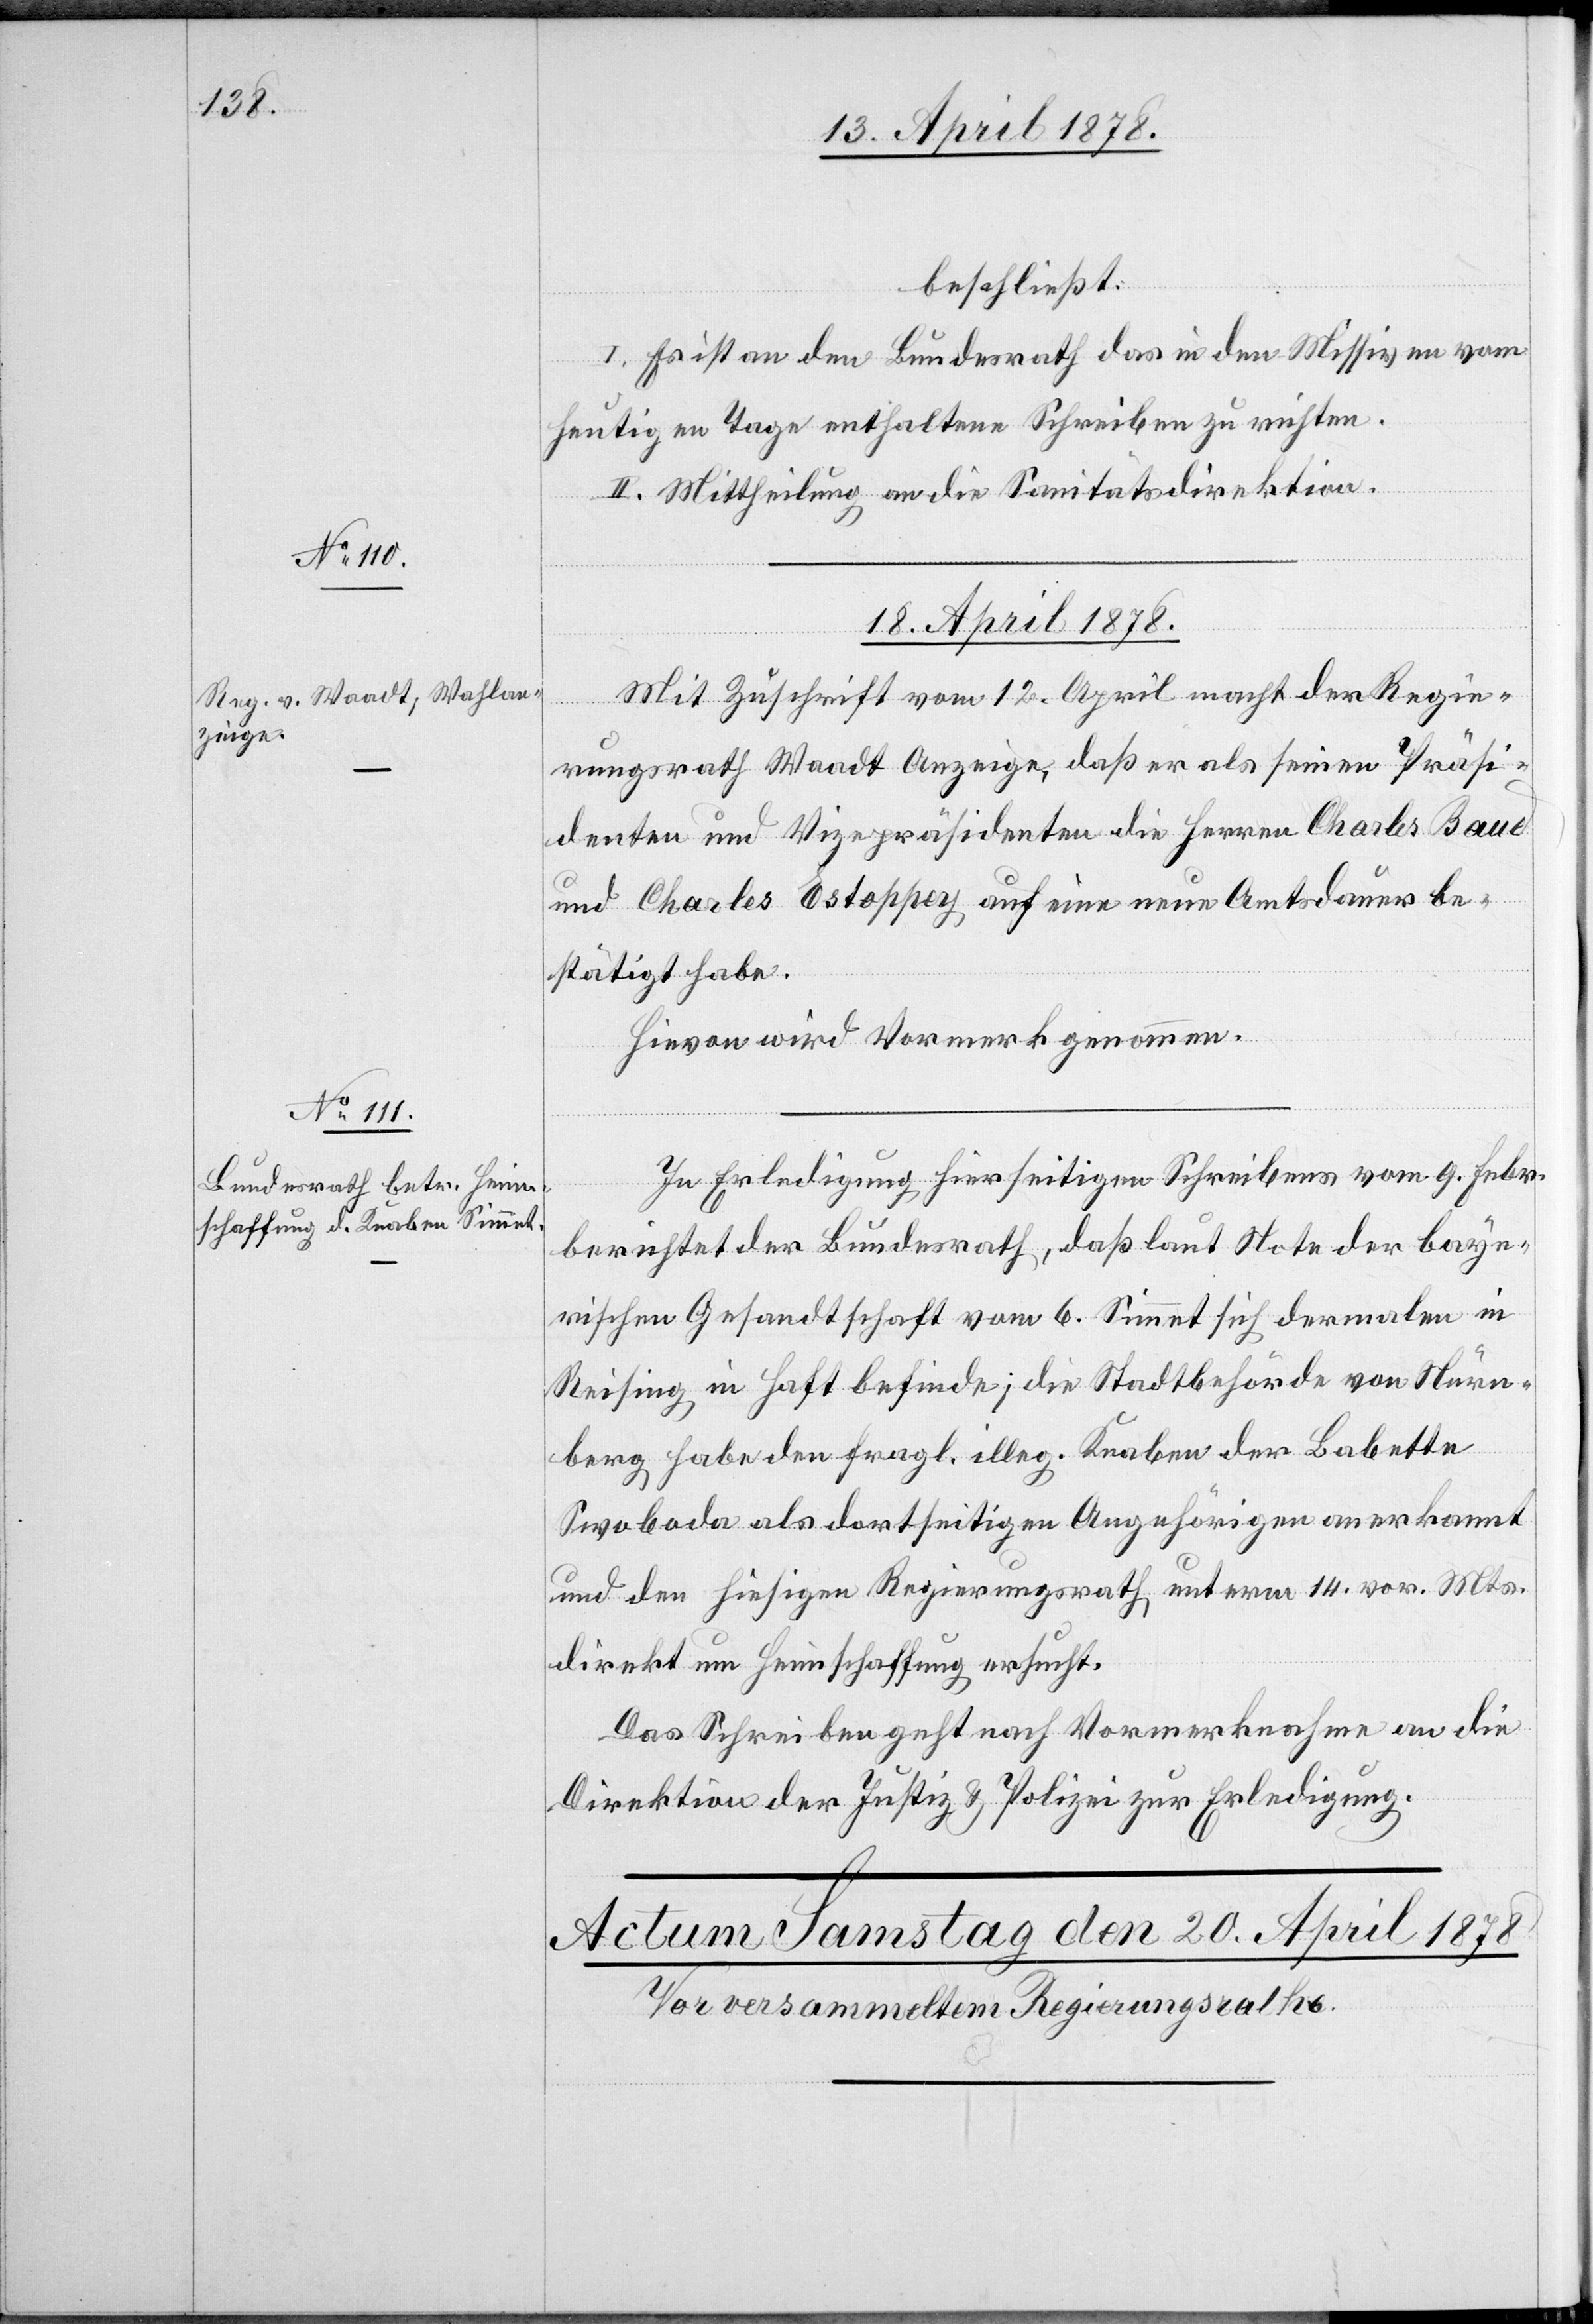
beschließt:
I. Es ist an den Bundesrath das in den Missiven vom
heutigen Tage enthaltene Schreiben zu richten.
II. Mittheilung an die Sanitätsdirektion.
18. April 1878.]
Mit Zuschrift vom 12. April macht der Regie¬
rungsrath Waadt Anzeige, daß er als seinen Präsi¬
denten und Vizepräsidenten die Herren Charles Baud
und Charles Estoppey auf eine neue Amtsdauer be¬
stätigt habe.
Hievon wird Vormerk genommen.
In Erledigung hierseitigen Schreibens vom 9. Febr.
berichtet der Bundesrath, daß laut Note der baye¬
rischen Gesandtschaft vom 6. Simmet sich dermalen in
Reising in Haft befinde; die Stadtbehörde von Nüren¬
berg habe den fragl. illeg. Knaben der Babette
Swoboda als dortseitigen Angehörigen anerkannt
und den hiesigen Regierungsrath unterm 14. vor. Mts.
direkt um Heimschaffung ersucht.
Das Schreiben geht nach Vormerknahme an die
Direktion der Justiz & Polizei zur Erledigung.